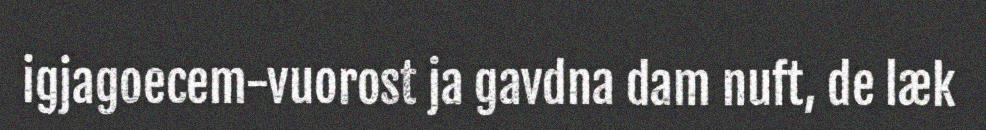
igjagoecem-vuorost ja gavdna dam nuft, de læk